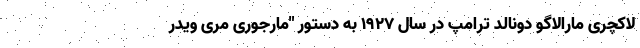
لاکچری مارالاگو دونالد ترامپ در سال ۱۹۲۷ به دستور "مارجوری مری ویدر